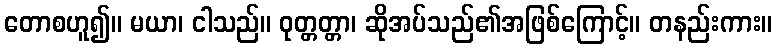
တောစဟူ၍။ မယာ၊ ငါသည်။ ဝုတ္တတ္တာ၊ ဆိုအပ်သည်၏အဖြစ်ကြောင့်။ တနည်းကား။